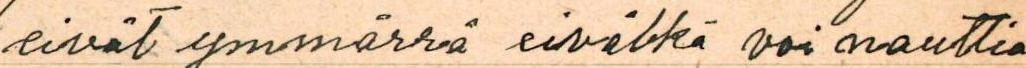
eivät ymmärrä eiväbkä voi nauttia